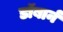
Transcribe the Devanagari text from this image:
डॉबार्न